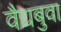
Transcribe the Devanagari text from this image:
वैद्यबुवा